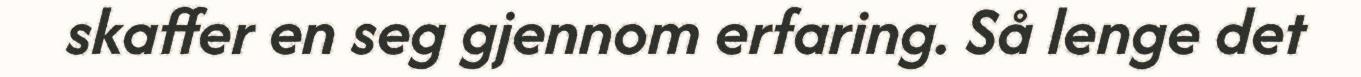
skaffer en seg gjennom erfaring. Så lenge det